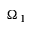
\Omega _ { 1 }